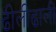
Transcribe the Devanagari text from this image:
ढीलीढाली